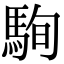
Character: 駨